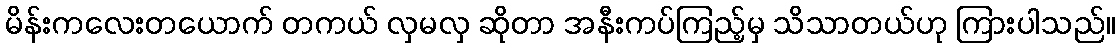
မိန်းကလေးတယောက် တကယ် လှမလှ ဆိုတာ အနီးကပ်ကြည့်မှ သိသာတယ်ဟု ကြားပါသည်။